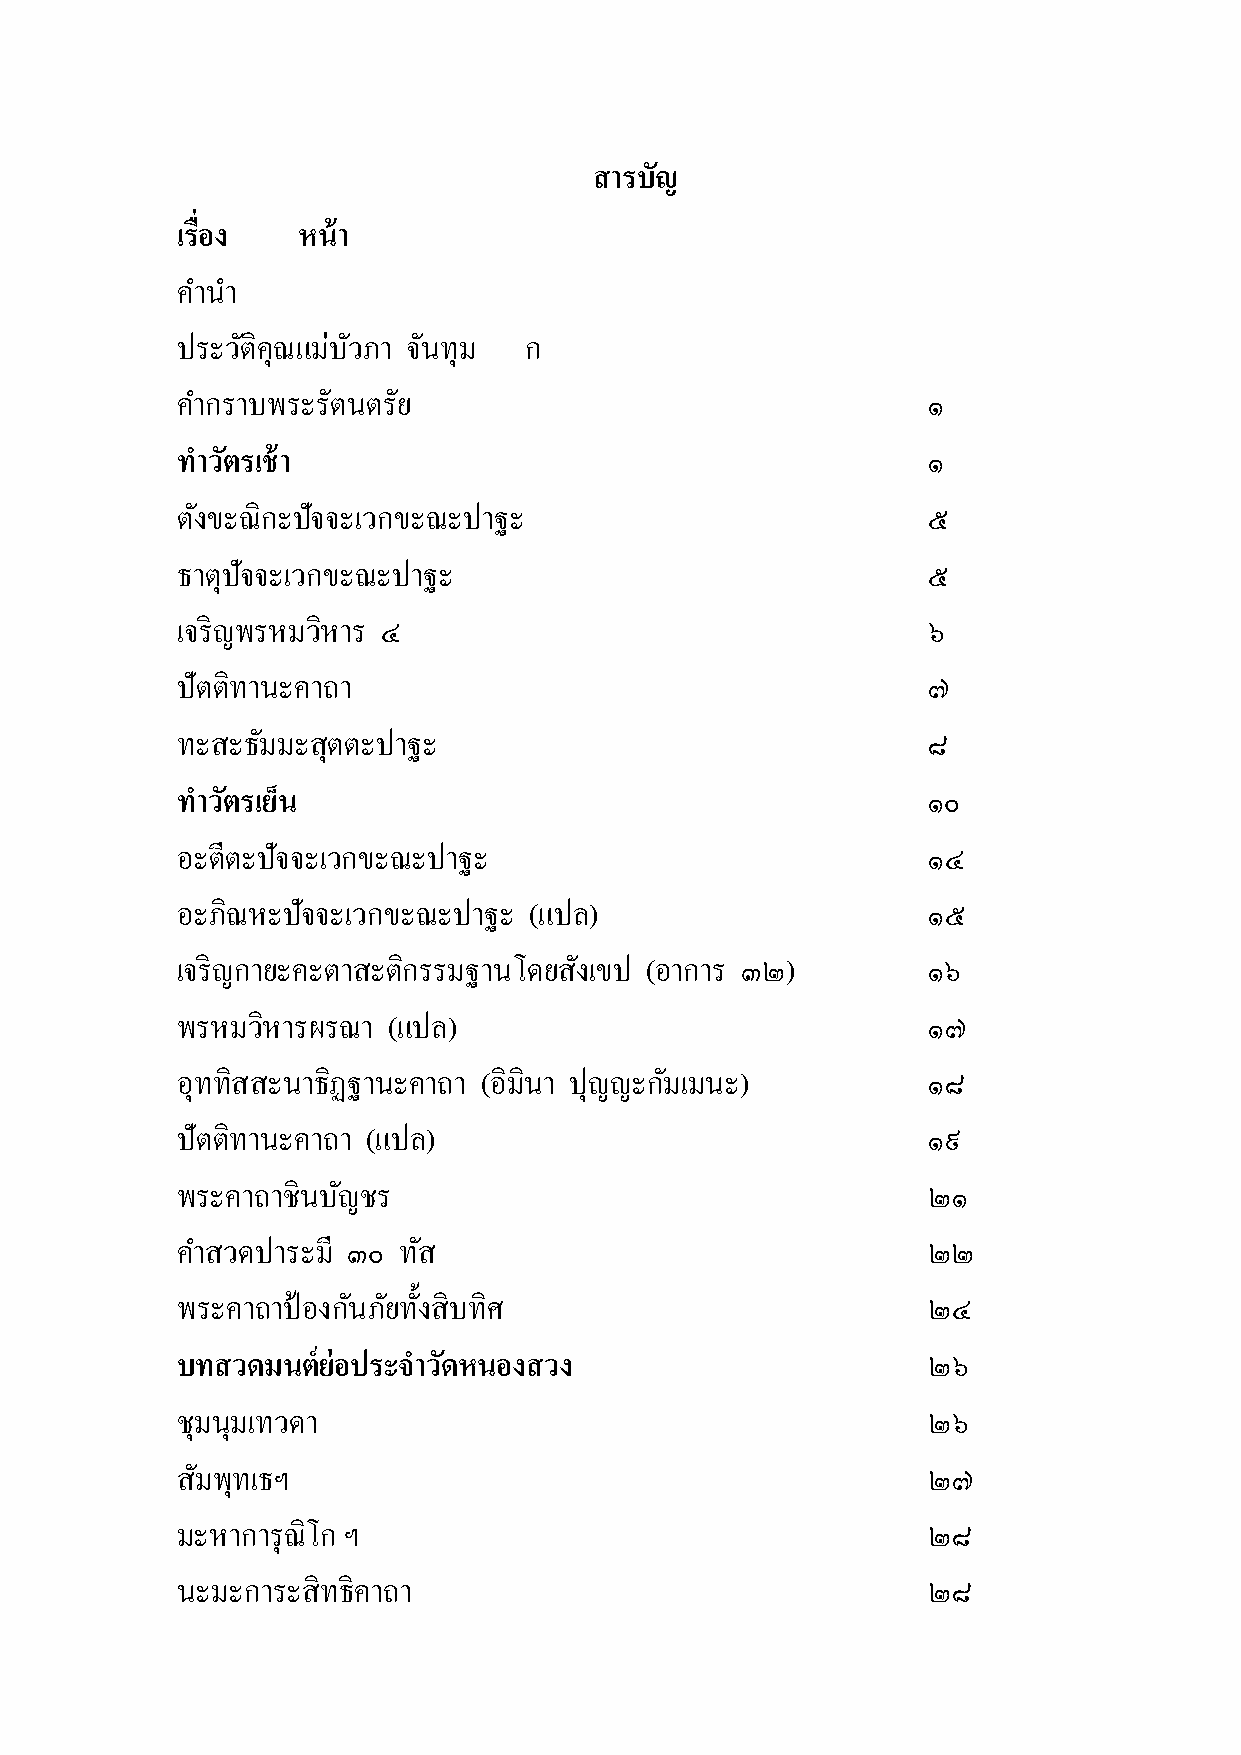
สารบัญ
 เรื่อง  หน้า
 คา นา
 ประวตั ิคุณแม่บวั ภา จนั ทุม ก
 คา กราบพระรัตนตรัย                               ๑
 ท าวตั รเช้า                                     ๑
 ตงั ขะณิกะปัจจะเวกขะณะปาฐะ                       ๕
 ธาตุปัจจะเวกขะณะปาฐะ                             ๕
 เจริญพรหมวิหาร ๔                                 ๖
 ปัตติทานะคาถา                                    ๗
 ทะสะธมั มะสุตตะปาฐะ                              ๘
 ท าวตั รเยน็                                     ๑๐
 อะตีตะปัจจะเวกขะณะปาฐะ                           ๑๔
 อะภิณหะปัจจะเวกขะณะปาฐะ (แปล)                    ๑๕
 เจริญกายะคะตาสะติกรรมฐานโดยสงั เขป (อาการ ๓๒)    ๑๖
 พรหมวิหารผรณา (แปล)                              ๑๗
 อุททิสสะนาธิฏฐานะคาถา (อิมินา ปุญญะกมั เมนะ)     ๑๘
 ปัตติทานะคาถา (แปล)                              ๑๙
 พระคาถาชินบญั ชร                                 ๒๑
 คา สวดปาระมี ๓๐ ทสั                              ๒๒
 พระคาถาป้องกนั ภยั ท้งั สิบทิศ                   ๒๔
 บทสวดมนต์ย่อประจา วดั หนองสวง                    ๒๖
 ชุมนุมเทวดา                                      ๒๖
 สมั พุทเธฯ                                       ๒๗
 มะหาการุณิโก ฯ                                   ๒๘
 นะมะการะสิทธิคาถา                                ๒๘